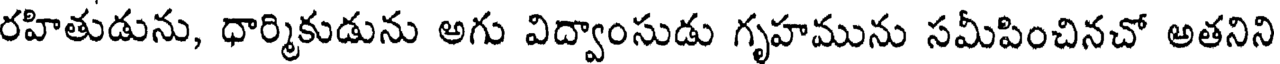
రహితుడును, ధార్మికుడును అగు విద్వాంసుడు గృహమును సమీపించినచో అతనిని